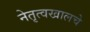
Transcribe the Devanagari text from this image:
नेतृत्वखालचे